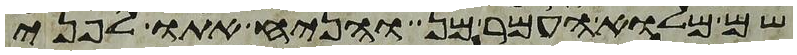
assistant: שם מלוא העמר מן והניח אתו לפני